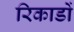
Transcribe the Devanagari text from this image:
रिकाडों